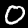
Digit: 0